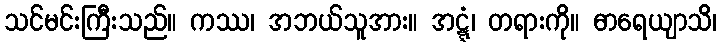
သင်မင်းကြီးသည်။ ကဿ၊ အဘယ်သူအား။ အဋ္ဋံ၊ တရားကို။ ဓာရေယျာသိ၊